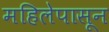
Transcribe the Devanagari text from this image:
महिलेपासून